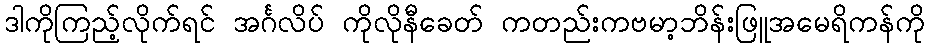
ဒါကိုကြည့်လိုက်ရင် အင်္ဂလိပ် ကိုလိုနီခေတ် ကတည်းကဗမာ့ဘိန်းဖြူအမေရိကန်ကို